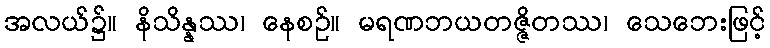
အလယ်၌။ နိသိန္နဿ၊ နေစဉ်။ မရဏဘယတဇ္ဇိတဿ၊ သေဘေးဖြင့်